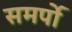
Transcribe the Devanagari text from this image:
समर्पो